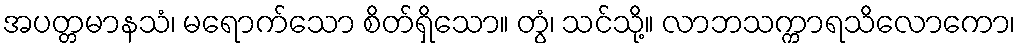
အပတ္တမာနသံ၊ မရောက်သော စိတ်ရှိသော။ တွံ၊ သင်သို့။ လာဘသက္ကာရသိလောကော၊